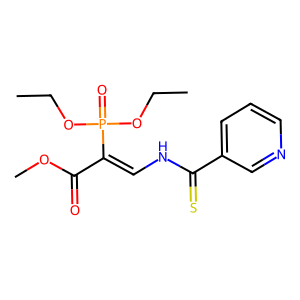
SMILES: CCOP(=O)(OCC)C(=CNC(=S)c1cccnc1)C(=O)OC
Inhibits HIV replication: No